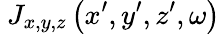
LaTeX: \ {J_{x,y,z}}\left({x^{\prime},y^{\prime},z^{\prime},\omega}\right)